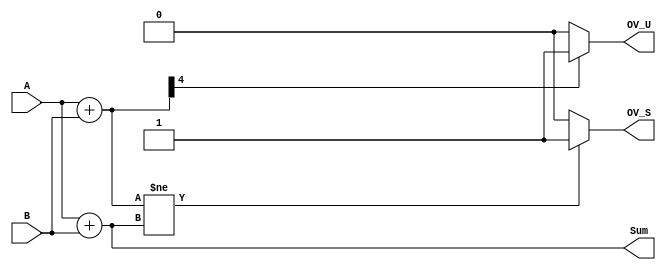
`timescale 1ns / 1ps
//////////////////////////////////////////////////////////////////////////////////
// Company: 
// Engineer: 
// 
// Design Name: 
// Module Name: Lab0 test
// Project Name: 
// Target Devices: 
// Tool Versions: 
// Description: 
// 
// Dependencies: 
// 
// Revision:
// Revision 0.01 - File Created
// Additional Comments:
// 
//////////////////////////////////////////////////////////////////////////////////

module Four_bit_Adder(
input [3:0] A,
input [3:0] B,
output [3:0] Sum,
output reg OV_S,
output reg OV_U
);

wire [4:0] check;

assign check = A + B;

assign Sum = A + B;

always @(*)
begin
if (check[4] == 1)
 OV_U = 1;
else
 OV_U = 0;
 
if ($signed(check) != $signed(Sum))
 OV_S = 1;
else
 OV_S = 0;
end

endmodule

module Seven_Segment(
input [3:0] Sum,
input clock_100MHz,
input reset,
output reg [6:0] Seg,
output reg [3:0] an
);

reg disp_bit;
reg [1:0] digit_sel = 0;

always@(posedge clock_100MHz or posedge reset)
begin
  if (reset)
    digit_sel <= 0;
  else if (digit_sel == 2'b11)
    digit_sel <= 0;
  else
    digit_sel <= digit_sel + 1; 
end

always @(*)
begin
 case(digit_sel)
   2'b00: begin
           an = 4'b1110; //0th bit
           disp_bit = Sum[0];
          end
  2'b01: begin
           an = 4'b1101; //1st bit
           disp_bit = Sum[1];
         end
  2'b10: begin
           an = 4'b1011; //2nd bit
           disp_bit = Sum[2];
         end 
  2'b11: begin
           an = 4'b0111; //3rd bit
           disp_bit = Sum[3];
         end
  endcase       
end

always @(*)
begin
 case(disp_bit)
  1'b0: Seg = 7'b0000001; // "0"  
  1'b1: Seg = 7'b1001111; // "1" 
  default: Seg = 7'b0000001; // "0"
  endcase
end

endmodule



module Lab0_test(
input [3:0] A,
input [3:0] B,
input clock_100MHz,
input reset,
output OV_S,
output OV_U,
output [6:0] Seg,
output [3:0] an,
output [3:0] Sum
);

//wire [3:0] Sum;
//assign an = 4'b0000;

Four_bit_Adder U5(A,B,Sum,OV_S,OV_U);
Seven_Segment U6(Sum, clock_100MHz, reset, Seg, an);

endmodule